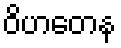
ဝိဟတေန